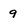
Character: 9